Leaving Certificate Examination (including Day School Certificate (Higher) General paper), 1928
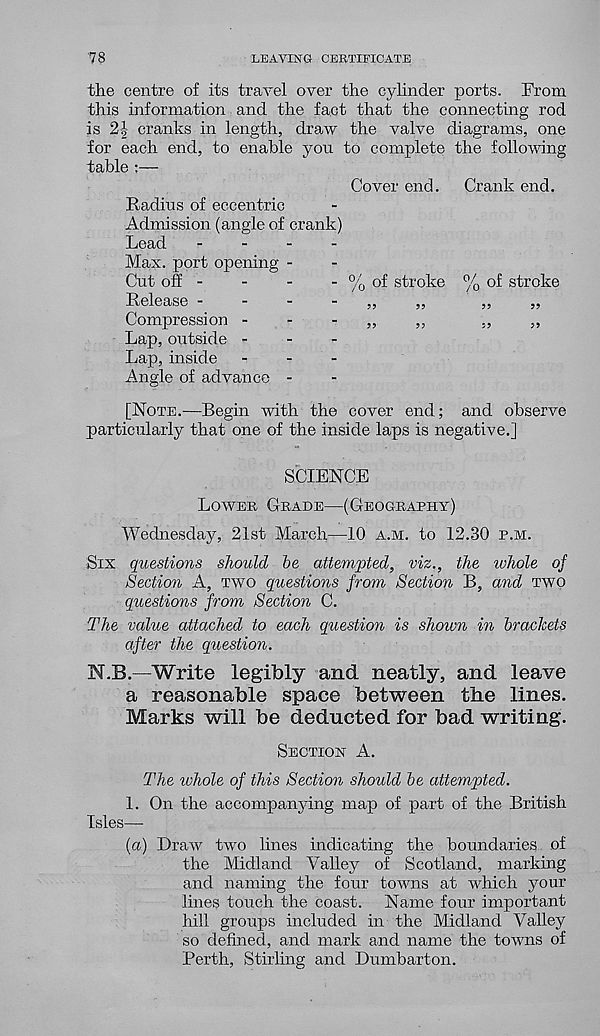
78
LEAVING CERTIFICATE
the centre of its travel over the cylinder ports. From
this information and the fact that the connecting rod
is 21 cranks in length, draw the valve diagrams, one
for each end, to enable you to complete the following
table :—
Cover end.
Crank end.
Radius of eccentric
Admission (angle of crank)
Lead
-
-
-
Max. port opening -
Cut off -
Release -
-
-
Compression -
Lap, outside -
Lap, inside
Angle of advance -
[Note.—Begin with the cover end; and observe
particularly that one of the inside laps is negative.]
SCIENCE
Lower Grade—(Geography)
Wednesday, 21st March—10 a.m. to 12.30 p.m.
Six questions should be attempted, viz., the whole of
Section A, two questions from Section B, and two
questions from Section C.
The value attached to each question is shown in brackets
after the question.
N.B.—Write legibly and neatly, and leave
a reasonable space between the lines.
Marks will be deducted for bad writing.
Section A.
The whole of this Section should be attempted.
1. On the accompanying map of part of the British
Isles—-
(a) Draw two lines indicating the boundaries of
the Midland Valley of Scotland, marking
and naming the four towns at which your
lines touch the coast. Name four important
hill groups included in the Midland Valley
so defined, and mark and name the towns of
Perth, Stirling and Dumbarton.
- % of stroke % of stroke
??
??
??
??